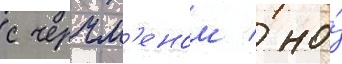
с черчм'еном / но́